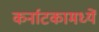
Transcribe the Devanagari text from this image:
कर्नाटकामध्यें